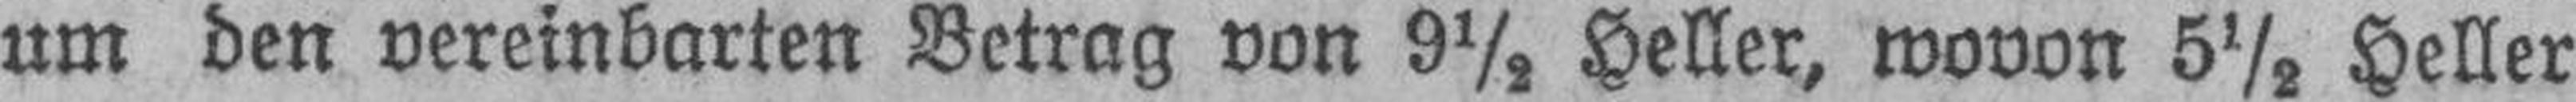
um den vereinbarten Betrag von 9½ Heller, wovon 5½ Heller